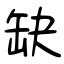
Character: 缺